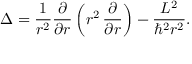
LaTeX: \Delta = { \frac { 1 } { r ^ { 2 } } } { \frac { \partial } { \partial r } } \left( r ^ { 2 } \, { \frac { \partial } { \partial r } } \right) - { \frac { L ^ { 2 } } { \hbar ^ { 2 } r ^ { 2 } } } .